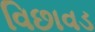
વિછાવડ